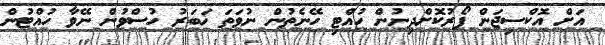
އަށް އޮކްސިޖަން ފޯރުކޮށްދިނުން ހުއްޓި ހޭނެތުން ނުވަތަ ޚަބަރު ހުސްވުން ނޭވާ ހުއްޓުން